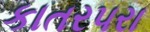
કાતર૫રા